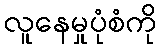
လူနေမှုပုံစံကို